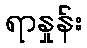
ရာနှုန်း